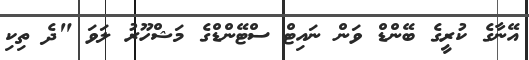
އޭނާގެ ކުރީގެ ބޭންޑް ވަން ނައިޓް ސްޓޭންޑްގެ މަޝްހޫރު ލަވަ "ދެ ތިކި